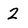
Character: 2